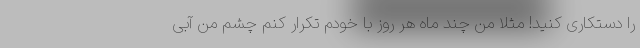
را دستکاری کنید! مثلا من چند ماه هر روز با خودم تکرار کنم چشم من آبی